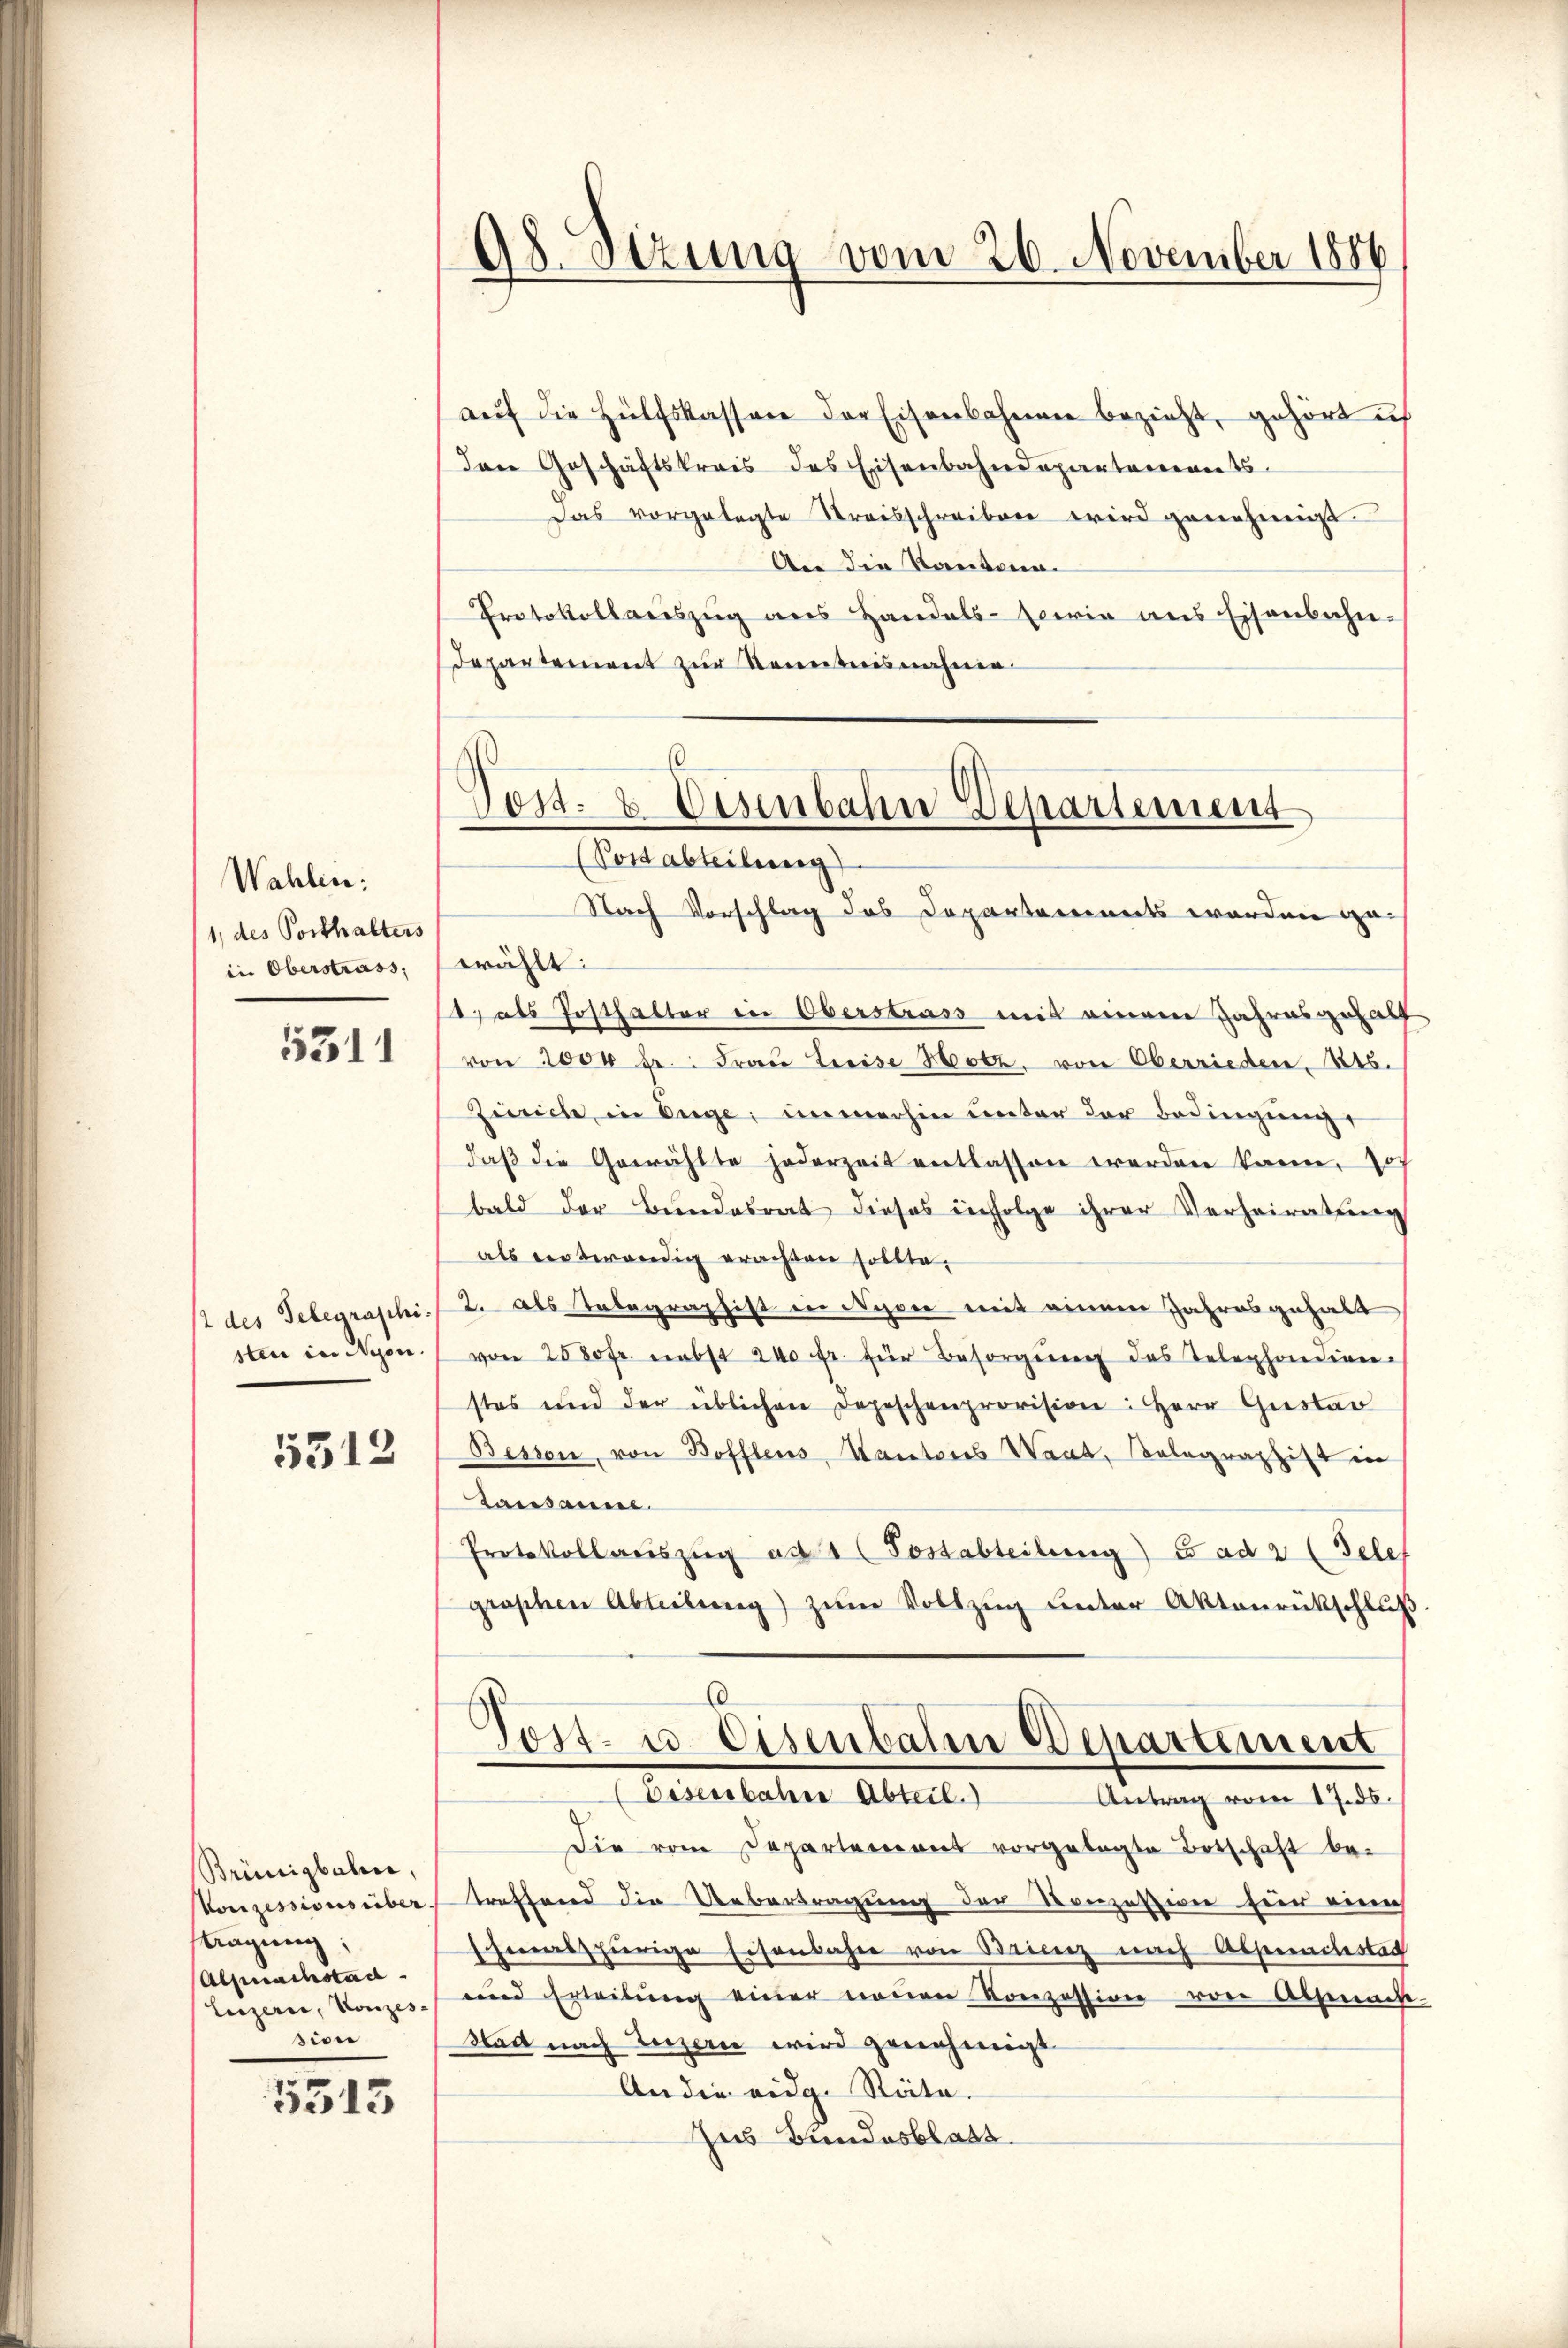
Wahlen:
1, des Posthalters
in Oberstrass,

5311

st des Telegraschi.
sten in Nyon.

5312

Brünigbahn,
Konzessions über.
tagung:
Alpnachstad
Luzerne, Konzessive

5515

aŭf die Hülfskassene der Eisenbahnen bezieht, gehört ich
den Geschäftskreis des Eisenbahndepartements
Das vorgelegte Streisschreiben wird genehmigt.
An die Kantona
Protokollaŭszŭg ans Handels- sowie ans Eisenbahn-
Departement zur Kenntnisnahme.
(

Ad. Sizung vom 26. November 1886

Post- & Eisenbahn Departement
(Post abteilung

Nach Vorschlag des Departements worden ge-
wählt:
1. als Posthalter in Oberstrass mit einem Jahresgehalt
von 2000 fr.: Frau Greise Hotz, von Oberrieden, Kts.
Zürich in Enge, immerhin unter der Bedingung,
daβ die Gewählte jederzeit entlassen werden kann. Hof
bald der Bundesrat dieses infolge ihrer Verheiratung
als notwendig erachten sollte.
2. als Telegraphist in Nyon mit einem Jahresgehalt
von 2580 fr. nebst 200 fr. zŭr Besorgŭng des Telephondienstes und der üblichen Depeschenprovision: Herr Gustan
Bessen, von Boffleus, Kantons Waat, Telegraphist in
Lausanne
Protokollaŭszŭg ad 1 (Postabteilung) s ad 2 (Tele
grossen Abteilŭng zŭm Vollzug unter Aktenrückschluß
Tost- u. Eisenbahre Departement
Vellerlehen Abteil
Antrag vom 17. ds.
Die vom Departement vorgelegte Botschaft betreffend die Uebertragung der Konzession für eine
sheimsherige Eisenbahn von Brienz nach Absenachstag
und Erteilung einer neuen Konzession von Absenach
Nad nach Luzern wird genehmigt
An die eidg. Räte.
Zus Bundesblatt.